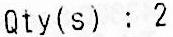
QTY(S) : 2